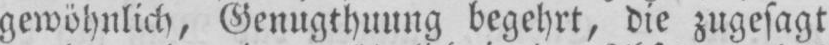
gewöhnlich, Genugthuung begehrt, die zugesagt